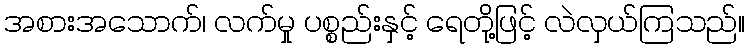
အစားအသောက်၊ လက်မှု ပစ္စည်းနှင့် ရေတို့ဖြင့် လဲလှယ်ကြသည်။